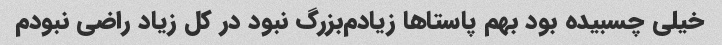
خیلی چسبیده بود بهم پاستاها زیادم‌بزرگ‌ نبود در کل زیاد راضی نبودم